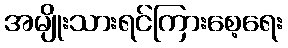
အမျိုးသားရင်ကြားစေ့ရေး